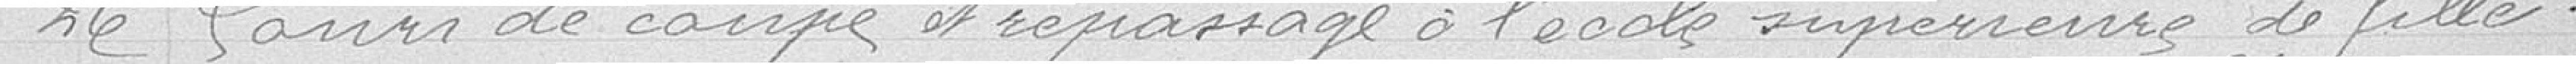
26 Cours de coupe et repassage à l'école supérieure de filles